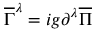
\overline { { { \Gamma } } } ^ { \lambda } = i g \partial ^ { \lambda } \overline { { { \Pi } } }